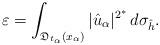
LaTeX: \begin{align*}\varepsilon=\int_{\mathfrak{D}_{t_\alpha}(x_\alpha)}|\hat{u}_\alpha|^{2^*}\,d\sigma_{\hat{h}}.\end{align*}